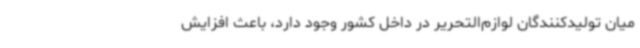
میان تولیدکنندگان لوازم‌التحریر در داخل کشور وجود دارد، باعث افزایش